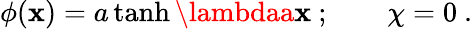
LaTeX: \phi(\mathbf{x})=a\operatorname{tanh}\lambdaa\mathbf{x}~;\qquad\chi=0~.